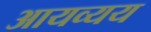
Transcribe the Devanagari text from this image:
आयव्यय